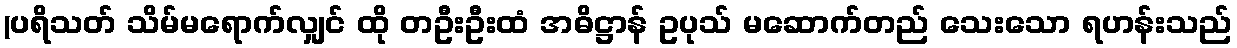
(ပရိသတ် သိမ်မရောက်လျှင် ထို တဦးဦးထံ အဓိဋ္ဌာန် ဥပုသ် မဆောက်တည် သေးသော ရဟန်းသည်